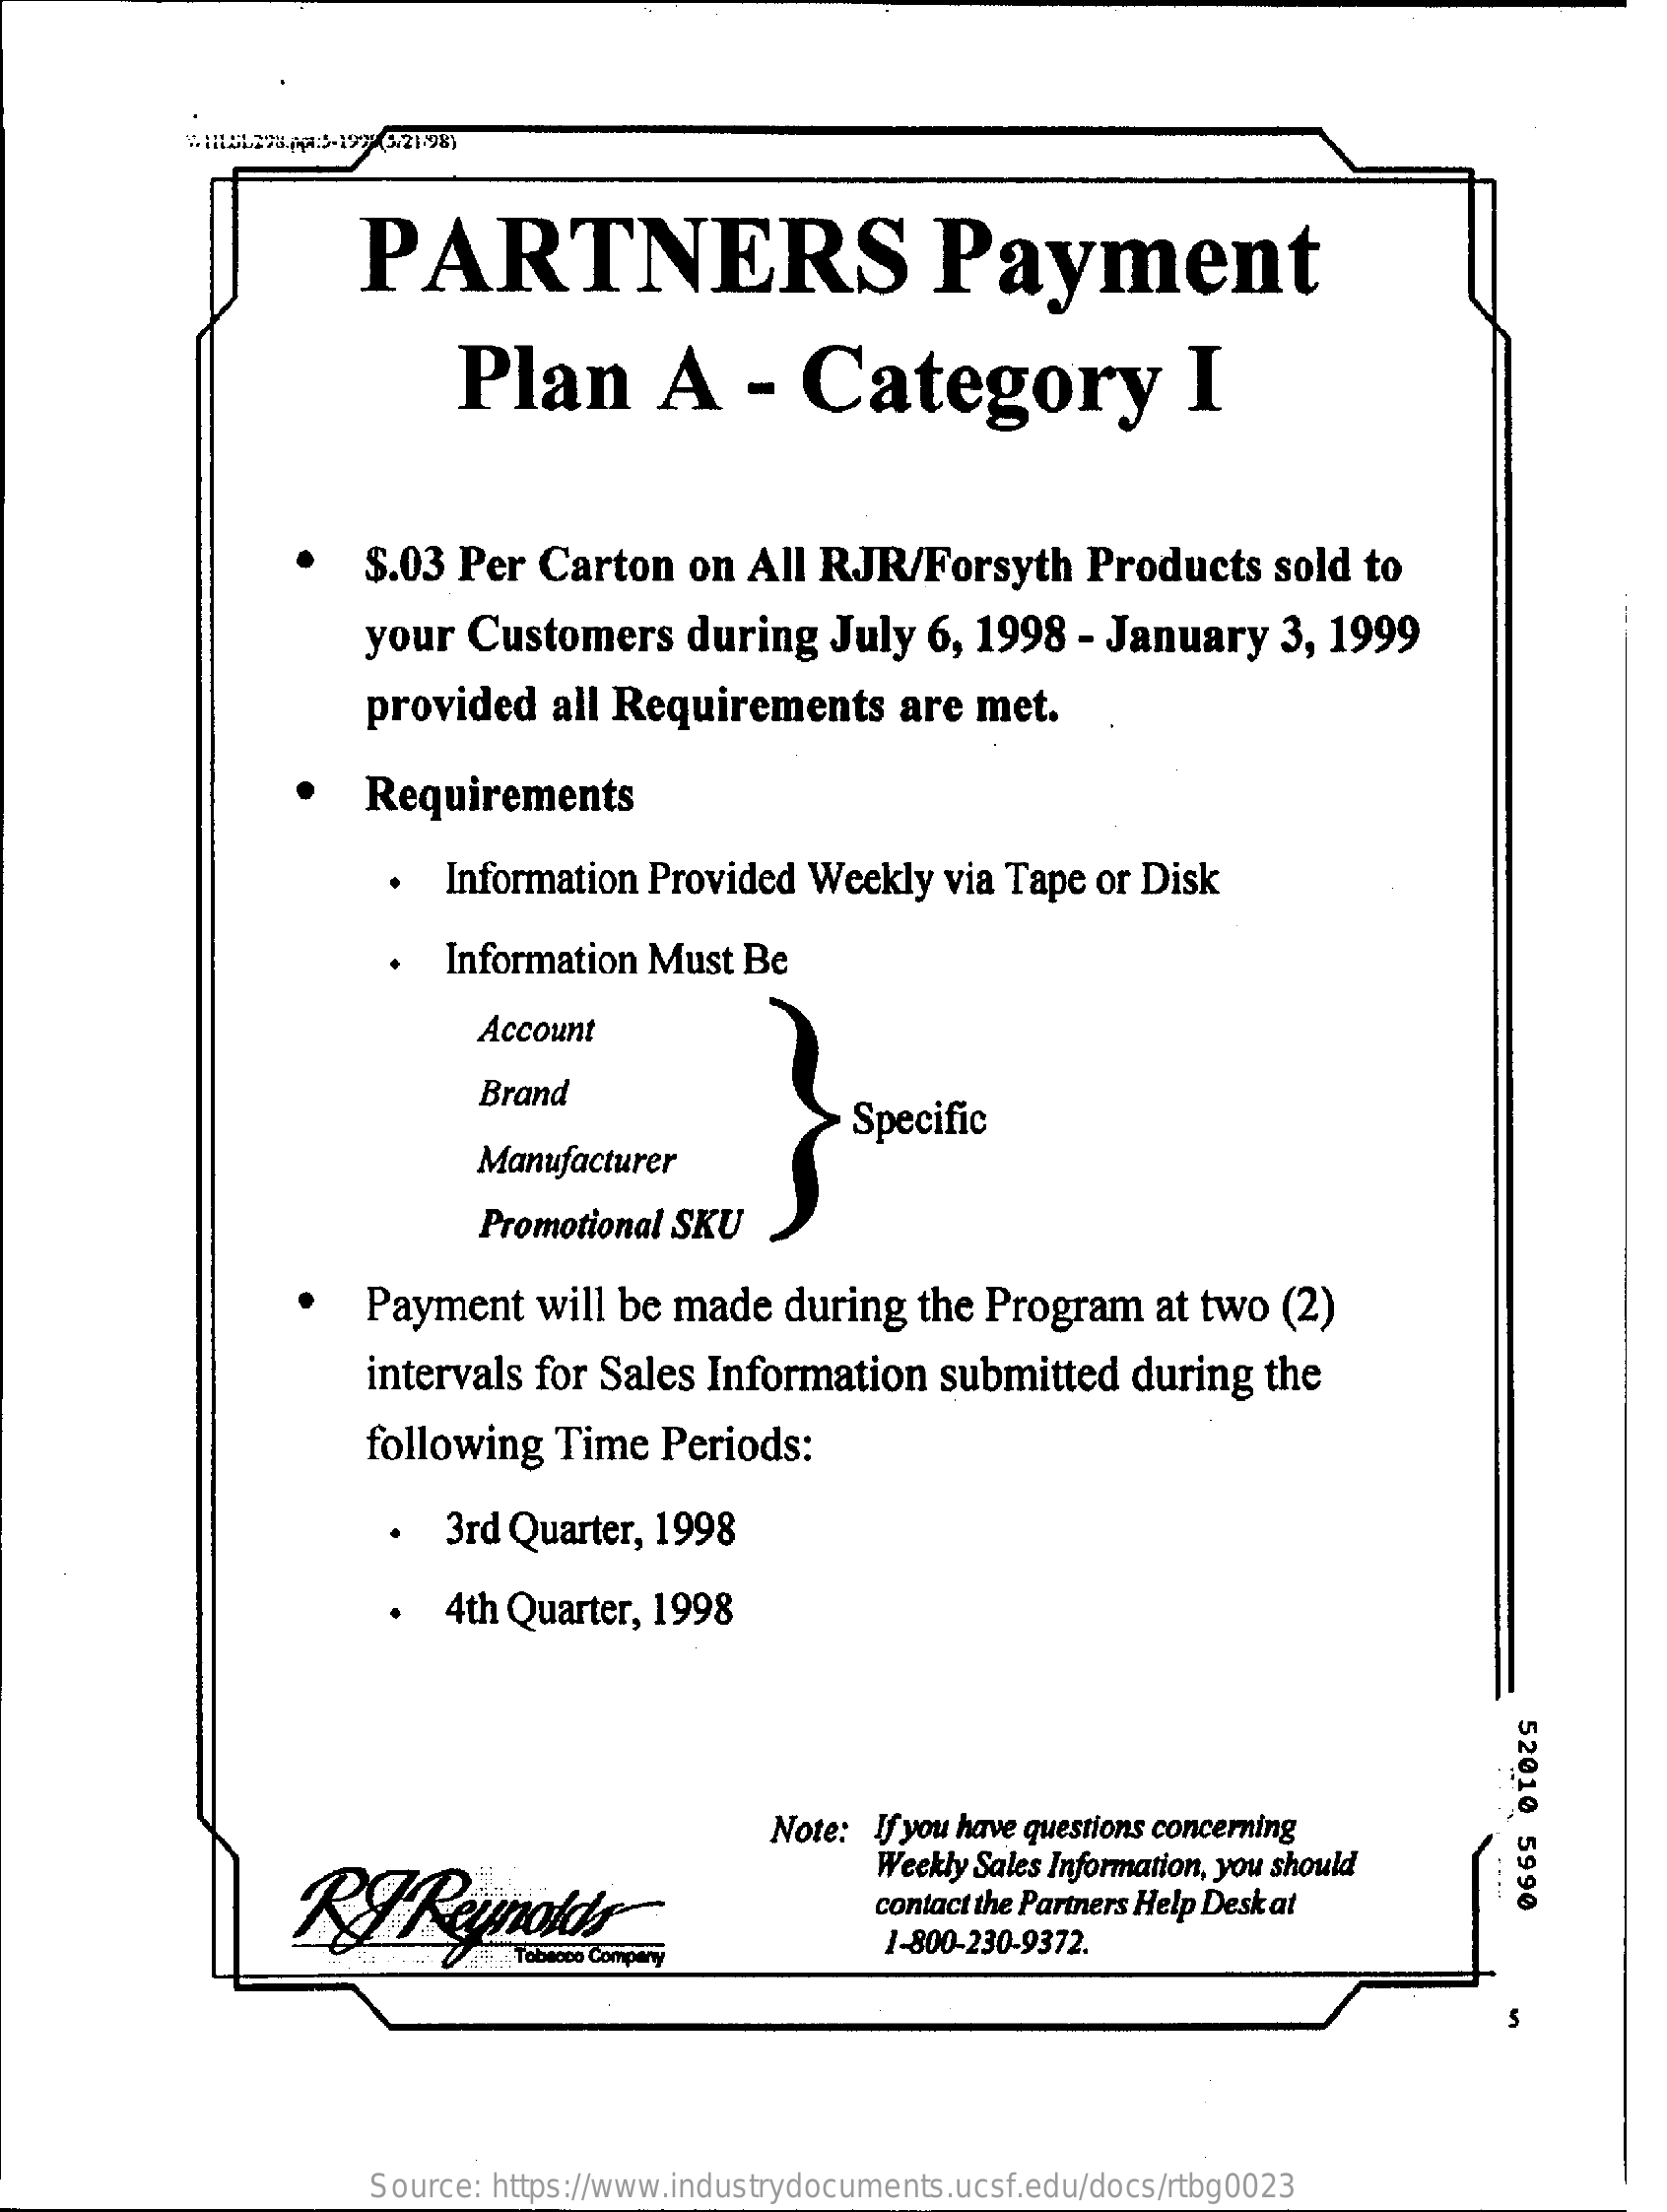
PARTNERS    Payment
     Plan    A    -  Category    I
     $.03  Per  Carton    on  All RJR/Forsyth    Products    sold  to
     your  Customers    during   July  6, 1998   - January    3, 1999
     provided    all Requirements    are  met.
     Requirements
     Information  Provided   Weekly  via Tape  or Disk
     .  Information  Must  Be
     Account
     Brand
     Manufacturer
     Specific
     Promotional SKU
     Payment    will be  made   during  the  Program    at two  (2)
     intervals  for Sales  Information    submitted   during   the
     following   Time  Periods:
     ·  3rd Quarter,  1998
     ·  4th Quarter, 1998
     52010
     5990
     Note:  If you have questions concerning
     Reynolds
     Weekly Sales Information, you should
     contact the Partners Help Desk at
     1-800-230-9372.
     Source: https://www.industrydocuments.ucsf.edu/docs/rtbg0023